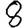
Digit: 8